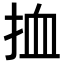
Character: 𢬔